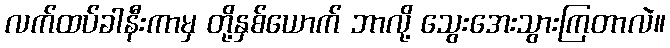
လက်ထပ်ခါနီးကာမှ တို့နှစ်ယောက် ဘာလို့ သွေးအေးသွားကြတာလဲ။